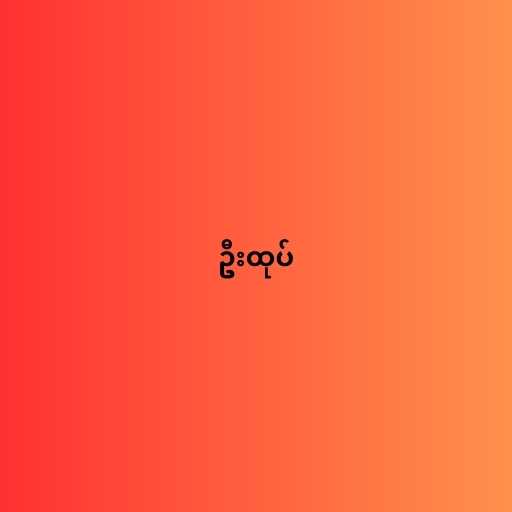
ဦးထုပ်